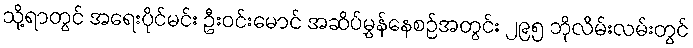
သို့ရာတွင် အရေးပိုင်မင်း ဦးဝင်းမောင် အဆိပ်မွှန်နေစဉ်အတွင်း ၂၉၅ ဘိုလိမ်းလမ်းတွင်